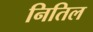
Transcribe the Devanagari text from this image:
नितिल